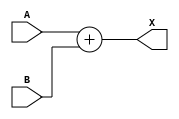
module ADD(A,
           B,
           X);
    input [1:0] A, B;
    output [2:0] X;
    
    assign X = A + B;
endmodule